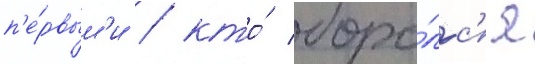
п'е́рвым'и / кто́ боро́лс'я